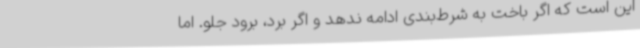
این است که اگر باخت به شرط‌بندی ادامه ندهد و اگر برد، برود جلو. اما